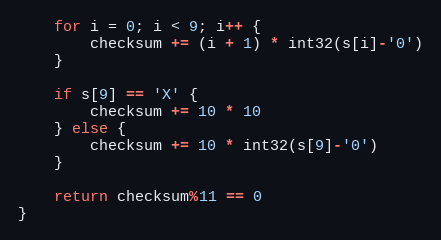
Language: Go
	for i = 0; i < 9; i++ {
		checksum += (i + 1) * int32(s[i]-'0')
	}

	if s[9] == 'X' {
		checksum += 10 * 10
	} else {
		checksum += 10 * int32(s[9]-'0')
	}

	return checksum%11 == 0
}